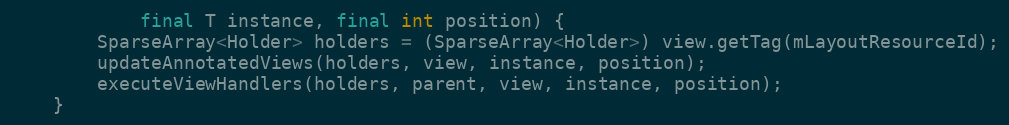
Language: Java
            final T instance, final int position) {
        SparseArray<Holder> holders = (SparseArray<Holder>) view.getTag(mLayoutResourceId);
        updateAnnotatedViews(holders, view, instance, position);
        executeViewHandlers(holders, parent, view, instance, position);
    }